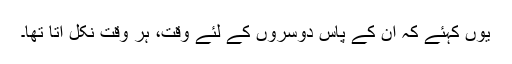
یوں کہئے کہ ان کے پاس دوسروں کے لئے وقت، ہر وقت نکل آتا تھا۔